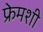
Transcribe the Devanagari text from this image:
फ्रेमशी